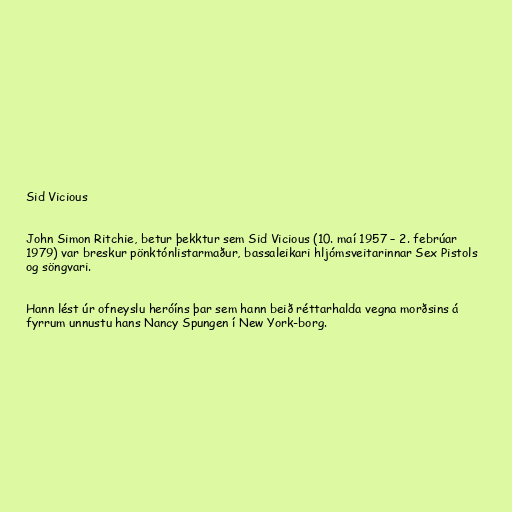
Sid Vicious

John Simon Ritchie, betur þekktur sem Sid Vicious (10. maí 1957 – 2. febrúar
1979) var breskur pönktónlistarmaður, bassaleikari hljómsveitarinnar Sex Pistols
og söngvari.

Hann lést úr ofneyslu heróíns þar sem hann beið réttarhalda vegna morðsins á
fyrrum unnustu hans Nancy Spungen í New York-borg.